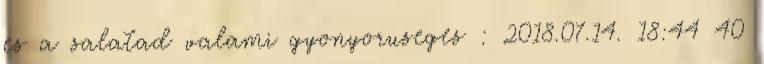
es a salatad valami gyonyoruseges : 2018.07.14. 18:44 40